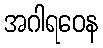
အဂါရဝေန